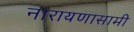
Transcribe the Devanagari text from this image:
नारायणासामी